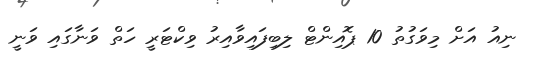
ނިއު އަށް މިވަގުތު 10 ޕޮއިންޓް ލިބިފައިވާއިރު ވިކްޓަރީ ހަތް ވަނާގައި ވަނީ